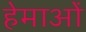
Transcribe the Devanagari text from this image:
हेमाओं